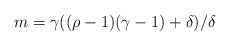
\begin{align*} m = \gamma((\rho -1)(\gamma -1) + \delta)/ \delta \end{align*}